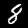
Digit: 8